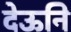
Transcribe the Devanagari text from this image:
देऊनि